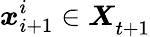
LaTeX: {\boldsymbol{\mathit{x}}_{i+1}^{i}\in\boldsymbol{X}}_{t+1}